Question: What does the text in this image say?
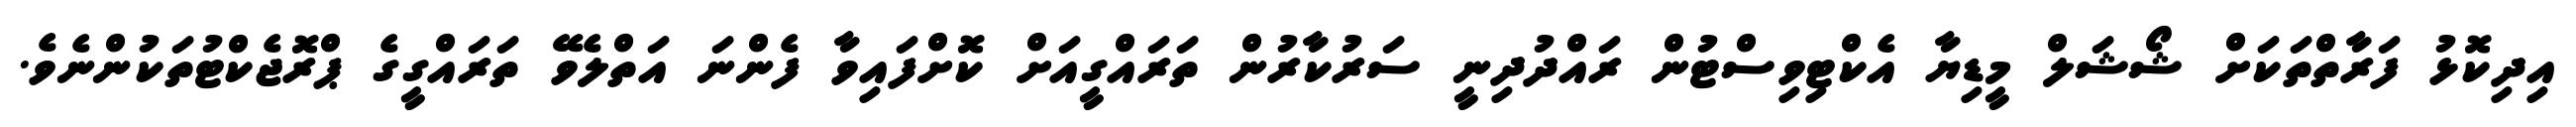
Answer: އިދިކޮޅު ފަރާތްތަކަށް ޝޯޝަލް މީޑިޔާ އެކްޓިވިސްޓުން ރައްދުދިނީ ސަރުކާރުން ތަރައްގީއަށް ކޮށްފައިވާ ފެންނަ އަތްލެވޭ ތަރައްގީގެ ޕްރޮޖެކްޓުތަކުންނެވެ.